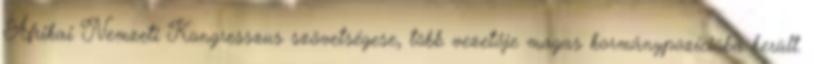
Afrikai Nemzeti Kongresszus szövetségese, több vezetője magas kormánypozícióba került.